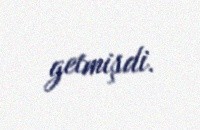
getmişdi.